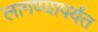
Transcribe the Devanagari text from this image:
लागण्यापर्यंत